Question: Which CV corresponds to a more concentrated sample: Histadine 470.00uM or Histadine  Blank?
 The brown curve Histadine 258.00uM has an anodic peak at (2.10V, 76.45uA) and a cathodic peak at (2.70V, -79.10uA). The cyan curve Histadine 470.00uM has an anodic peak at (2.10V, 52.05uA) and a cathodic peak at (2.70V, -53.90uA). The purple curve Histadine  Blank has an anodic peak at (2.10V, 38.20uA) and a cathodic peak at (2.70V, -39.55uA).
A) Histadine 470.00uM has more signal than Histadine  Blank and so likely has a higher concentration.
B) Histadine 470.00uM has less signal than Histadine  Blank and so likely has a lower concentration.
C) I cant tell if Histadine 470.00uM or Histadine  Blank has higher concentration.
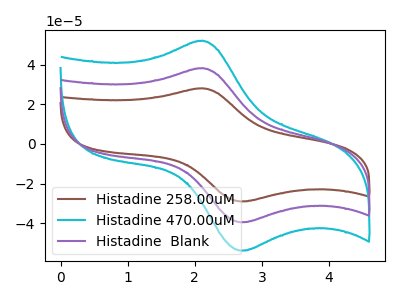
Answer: <think>All the peaks in "Histadine 470.00uM" have a peak in "Histadine  Blank" at the same potential. Every peak in "Histadine 470.00uM" is higher than every peak in "Histadine  Blank".
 </think>
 <answer>A) "Histadine 470.00uM" has more signal than "Histadine  Blank" and so likely has a higher concentration.</answer>
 <eval>A</eval>